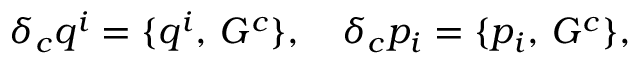
\delta _ { c } q ^ { i } = \{ q ^ { i } , \, G ^ { c } \} , \quad \delta _ { c } p _ { i } = \{ p _ { i } , \, G ^ { c } \} ,